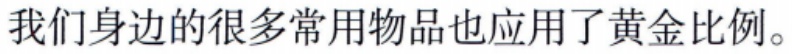
我们身边的很多常用物品也应用了黄金比例。